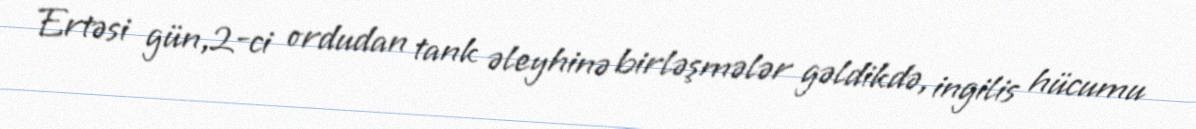
Ertəsi gün,2-ci ordudan tank əleyhinə birləşmələr gəldikdə, ingilis hücumu